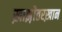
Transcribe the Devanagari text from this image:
ख़ाझ़ीतरख़ान